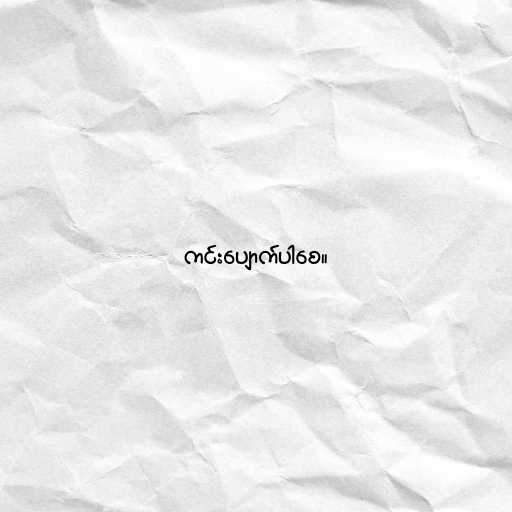
ကင်းပျောက်ပါစေ။